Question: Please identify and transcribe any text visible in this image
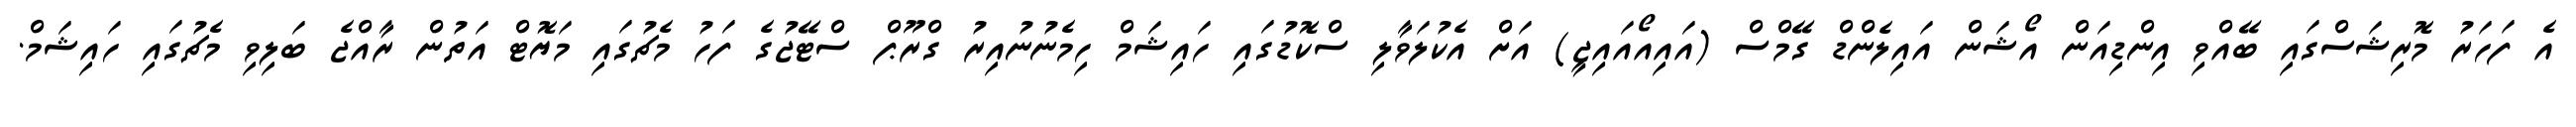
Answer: އެ ފަހަރު މޮރިޝަސްގައި ބޭއްވި އިންޑިއަން އޯޝަން އައިލެންޑް ގޭމްސް (އައިއޯއައިޖީ) އަށް އެކުލަވާލި ސްކޮޑުގައި ހައިޝަމް ހިމެނުނުއިރު ގްރޫޕް ސްޓޭޖުގެ ފަހު މެޗުގައި މަޔޮޓް އަތުން ރާއްޖެ ބަލިވި މެޗުގައި ހައިޝަމް.